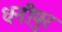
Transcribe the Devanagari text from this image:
धनीपुर